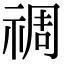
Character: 禂